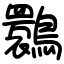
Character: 䴉